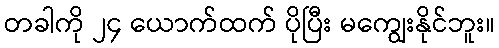
တခါကို ၂၄ ယောက်ထက် ပိုပြီး မကျွေးနိုင်ဘူး။